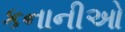
કનાનીઓ